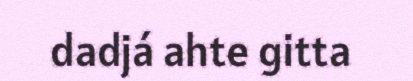
dadjá ahte gitta